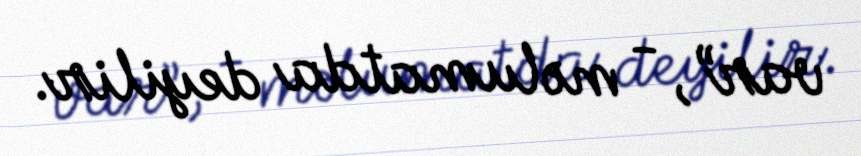
var”, - məlumatda deyilir.